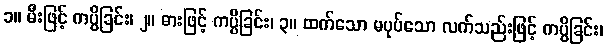
၁။ မီးဖြင့် ကပ္ပိခြင်း၊ ၂။ ဓားဖြင့် ကပ္ပိခြင်း၊ ၃။ ထက်သော မပုပ်သော လက်သည်းဖြင့် ကပ္ပိခြင်း၊